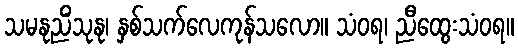
သမနုညိံသုနု၊ နှစ်သက်လေကုန်သလော။ သံဝရ၊ ညီထွေးသံဝရ။